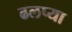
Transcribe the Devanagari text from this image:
ढलप्या